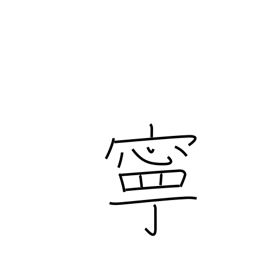
Meaning: preferably